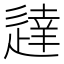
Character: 𫐳